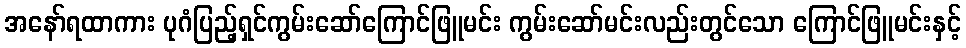
အနော်ရထာကား ပုဂံပြည့်ရှင်ကွမ်းဆော်ကြောင်ဖြူမင်း ကွမ်းဆော်မင်းလည်းတွင်သော ကြောင်ဖြူမင်းနှင့်